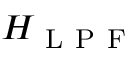
H _ { \mathrm { ~ L ~ P ~ F ~ } }